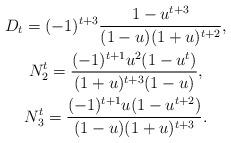
LaTeX: \begin{gather*}D_t=(-1)^{t+3}\frac{1-u^{t+3}}{(1-u)(1+u)^{t+2}},\\N_2^t=\frac{(-1)^{t+1}u^2(1-u^t)}{(1+u)^{t+3}(1-u)},\\N_3^t= \frac{(-1)^{t+1}u(1-u^{t+2})}{(1-u)(1+u)^{t+3}}.\end{gather*}